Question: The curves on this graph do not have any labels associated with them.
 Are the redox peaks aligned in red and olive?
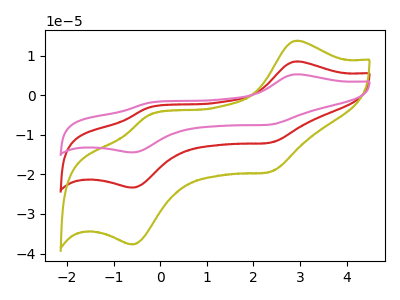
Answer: <think>The red curve "red" has anodic peaks at (2.95V, 8.50uA) (-0.25V, -3.10uA) and cathodic peaks at (2.35V, -12.00uA) (-0.60V, -23.35uA). The olive curve "olive" has anodic peaks at (2.95V, 13.75uA) (-0.25V, -5.05uA) and cathodic peaks at (2.35V, -19.40uA) (-0.60V, -37.70uA). The pink curve "pink" has anodic peaks at (2.95V, 17.05uA) (-0.25V, -6.25uA) and cathodic peaks at (2.35V, -24.05uA) (-0.60V, -46.70uA).</think>
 <answer>Yes, "red" have a peak in "olive" at the same potential.</answer>
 <eval>match</eval>